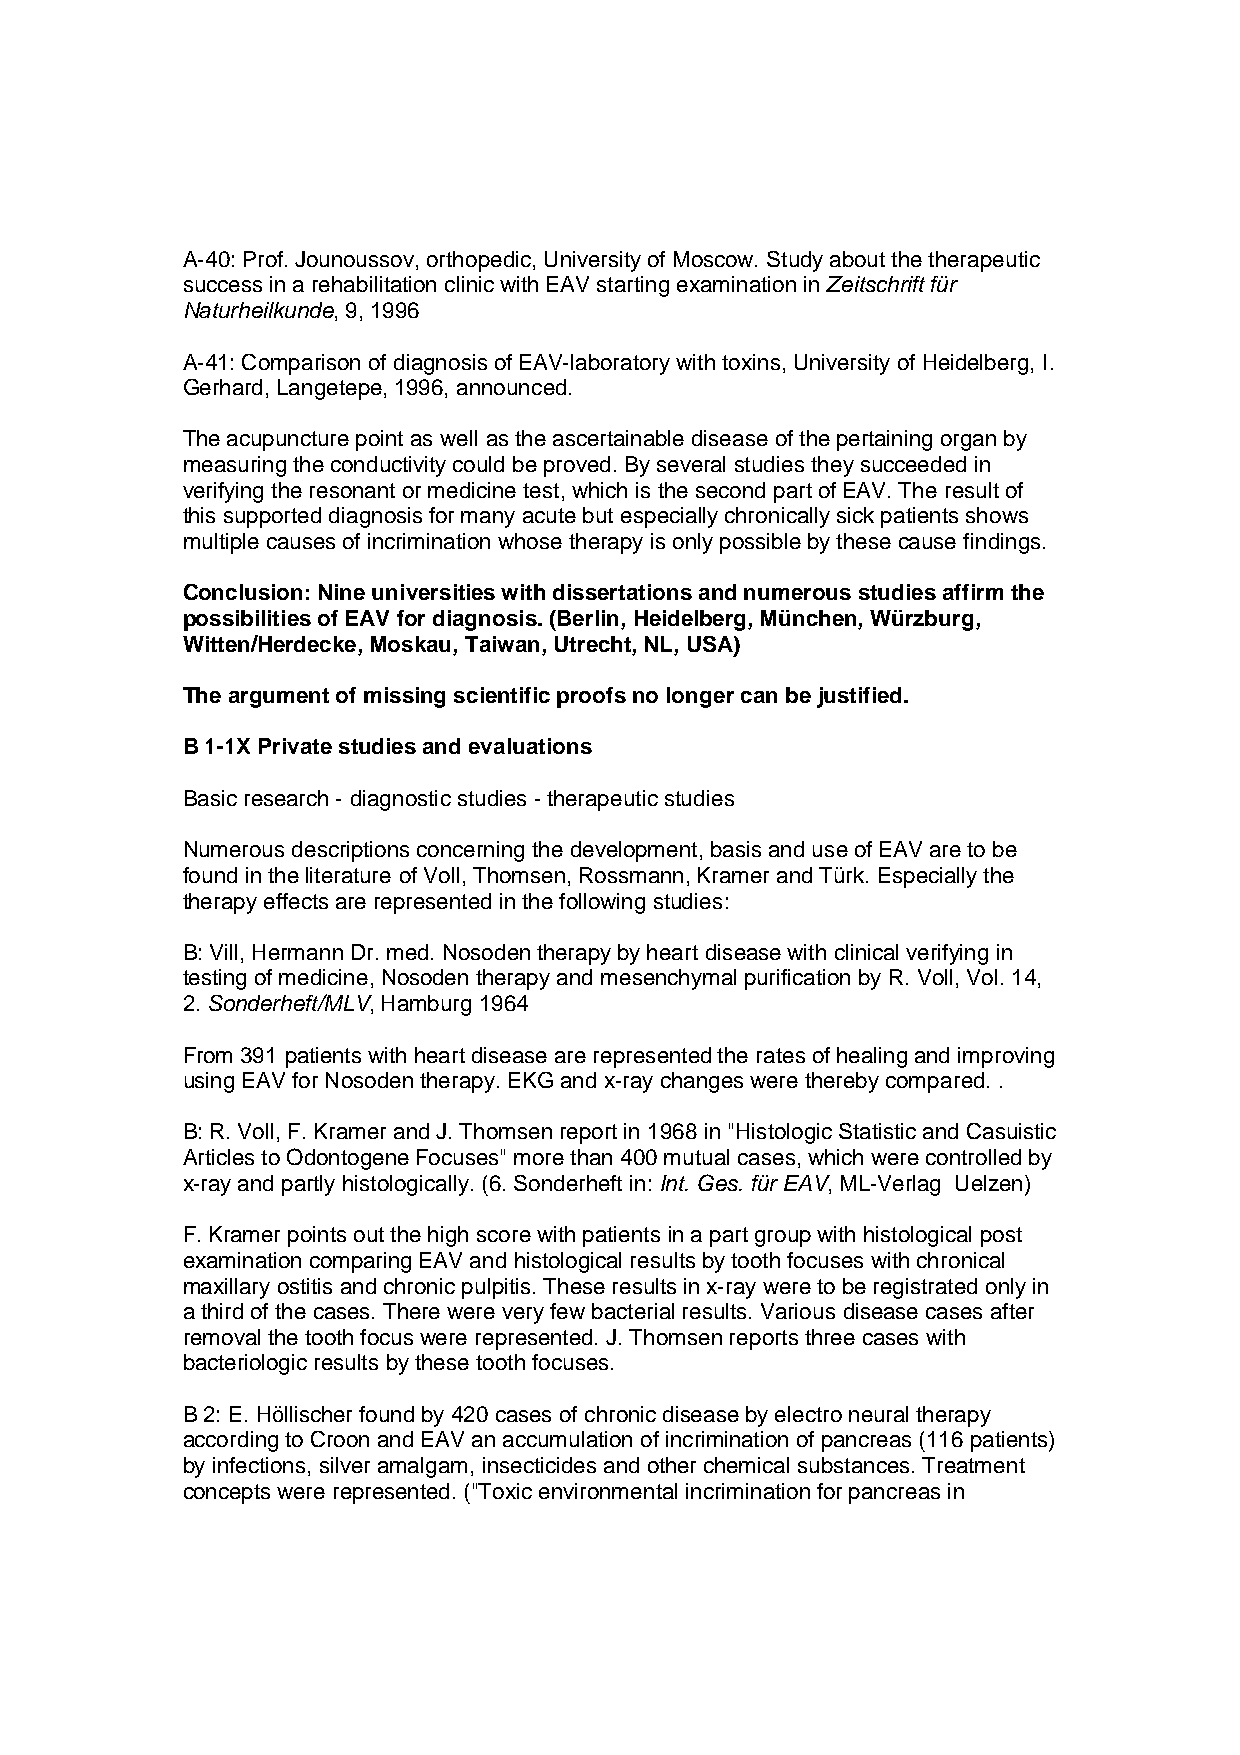
A-40: Prof. Jounoussov, orthopedic, University of Moscow. Study about the therapeutic
 success in a rehabilitation clinic with EAV starting examination in Zeitschrift für
 Naturheilkunde, 9, 1996
 A-41: Comparison of diagnosis of EAV-laboratory with toxins, University of Heidelberg, I.
 Gerhard, Langetepe, 1996, announced.
 The acupuncture point as well as the ascertainable disease of the pertaining organ by
 measuring the conductivity could be proved. By several studies they succeeded in
 verifying the resonant or medicine test, which is the second part of EAV. The result of
 this supported diagnosis for many acute but especially chronically sick patients shows
 multiple causes of incrimination whose therapy is only possible by these cause findings.
 Conclusion: Nine universities with dissertations and numerous studies affirm the
 possibilities of EAV for diagnosis. (Berlin, Heidelberg, München, Würzburg,
 Witten/Herdecke, Moskau, Taiwan, Utrecht, NL, USA)
 The argument of missing scientific proofs no longer can be justified.
 B 1-1X Private studies and evaluations
 Basic research - diagnostic studies - therapeutic studies
 Numerous descriptions concerning the development, basis and use of EAV are to be
 found in the literature of Voll, Thomsen, Rossmann, Kramer and Türk. Especially the
 therapy effects are represented in the following studies:
 B: Vill, Hermann Dr. med. Nosoden therapy by heart disease with clinical verifying in
 testing of medicine, Nosoden therapy and mesenchymal purification by R. Voll, Vol. 14,
 2. Sonderheft/MLV, Hamburg 1964
 From 391 patients with heart disease are represented the rates of healing and improving
 using EAV for Nosoden therapy. EKG and x-ray changes were thereby compared. .
 B: R. Voll, F. Kramer and J. Thomsen report in 1968 in "Histologic Statistic and Casuistic
 Articles to Odontogene Focuses" more than 400 mutual cases, which were controlled by
 x-ray and partly histologically. (6. Sonderheft in: Int. Ges. für EAV, ML-Verlag Uelzen)
 F. Kramer points out the high score with patients in a part group with histological post
 examination comparing EAV and histological results by tooth focuses with chronical
 maxillary ostitis and chronic pulpitis. These results in x-ray were to be registrated only in
 a third of the cases. There were very few bacterial results. Various disease cases after
 removal the tooth focus were represented. J. Thomsen reports three cases with
 bacteriologic results by these tooth focuses.
 B 2: E. Höllischer found by 420 cases of chronic disease by electro neural therapy
 according to Croon and EAV an accumulation of incrimination of pancreas (116 patients)
 by infections, silver amalgam, insecticides and other chemical substances. Treatment
 concepts were represented. ("Toxic environmental incrimination for pancreas in